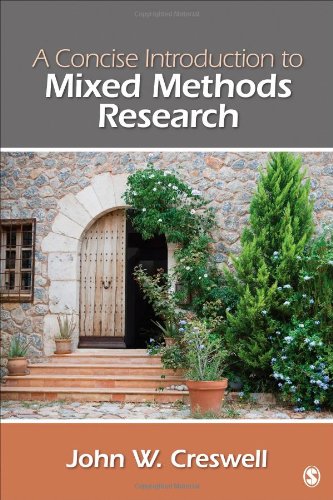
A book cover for A Concise  Introduction to Mixed Methods Research (Sage Mixed Methods Research); John W. Creswell; Science & Math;